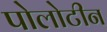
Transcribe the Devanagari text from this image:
पोलोटीन